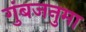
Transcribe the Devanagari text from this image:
गुंबजनुमा